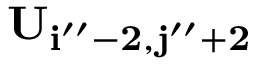
\bf { U } _ { i ^ { \prime \prime } - 2 , j ^ { \prime \prime } + 2 }